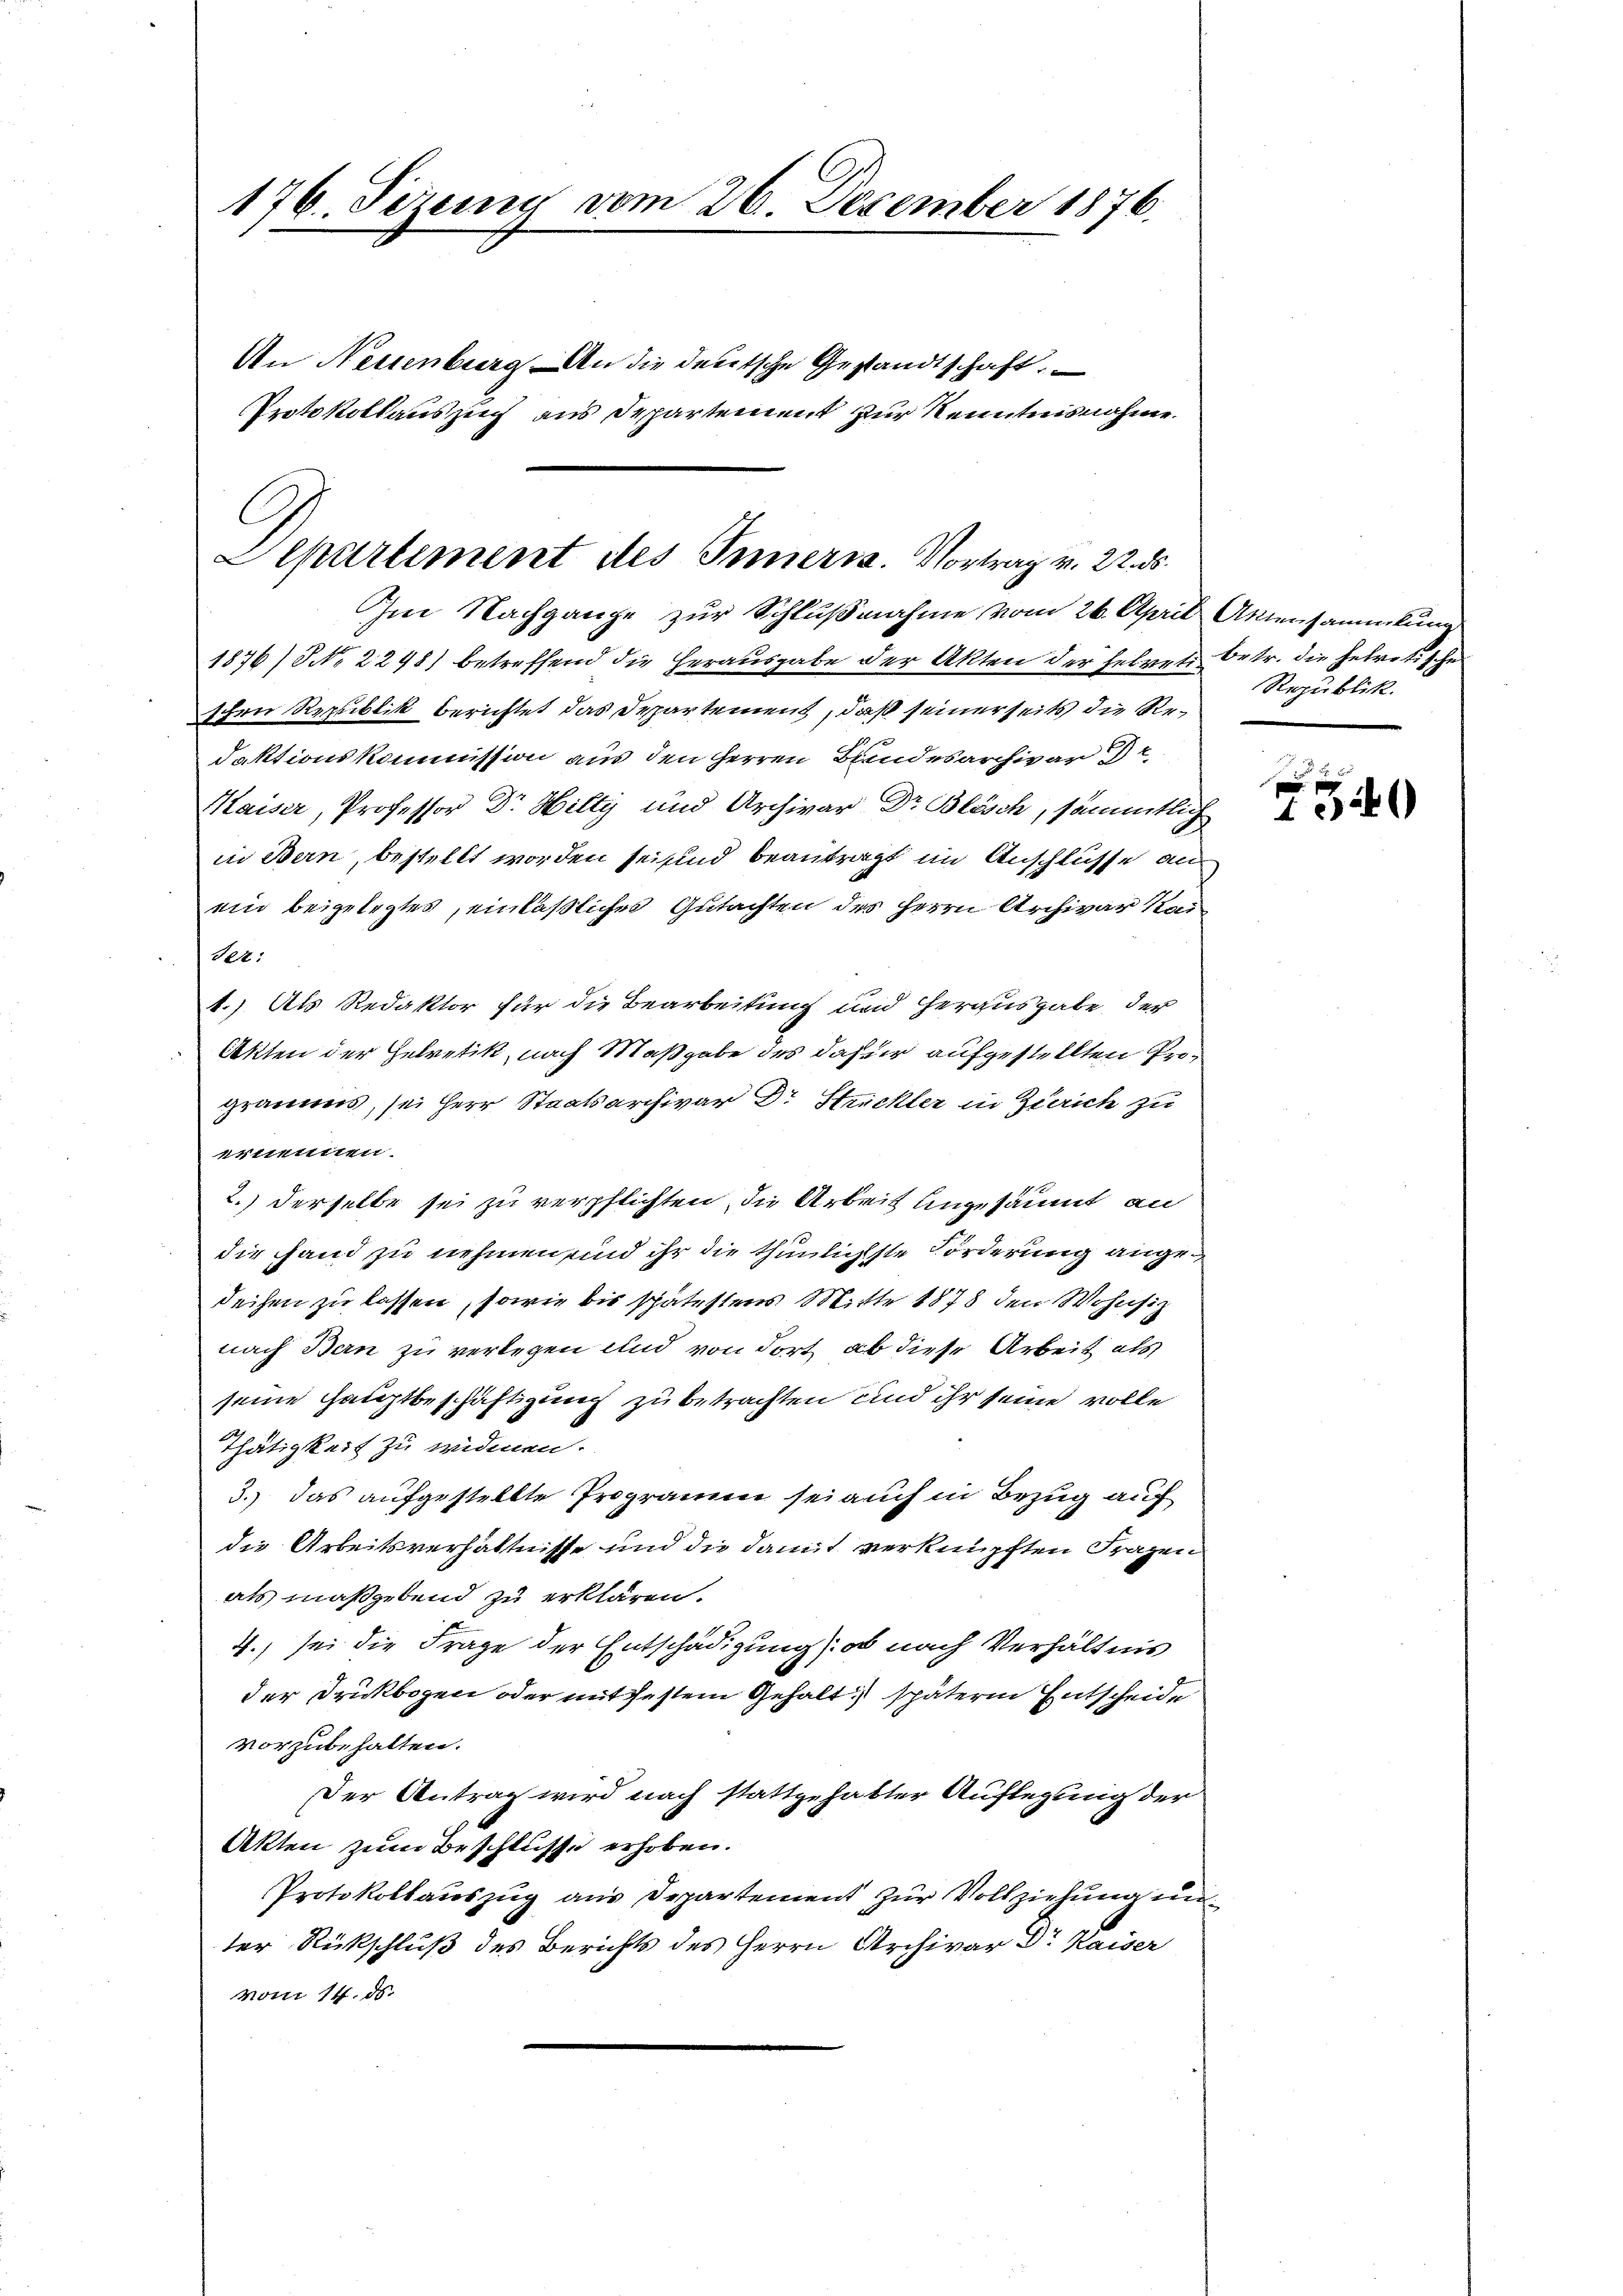
176. Dezemy vom 26. December 1876.

An Neuenburg An die deutsche Gestandtschaft

C
Departement des Innern. Vortrag v. 22. ds.

Protokollauszug aus Departement zur Kenntnisnahme.

Im Nachgange zur Schlußnahme vom 26. April Aktensammlung
1876/ No 2298) betreffend die Herausgabe der Akten der helveti betr. die helvetischen
schen Republik berichtet das Departement, daß seinerseits die Redaktionskommission aus den Herren Bundesarchivar 2
Maiser, Professor Dr. Hilty und Archivar Dr Blösch, sämmtlich
in Bern, bestellt worden sei und beantragt im Anschlüsse an
ein beigelegtes, einläßliches Gutachten des Herrn Archivar kan
Ter:
1.) Als Redaktor für die Bearbeitung und herausgabe der
Akten der Helvetik, nach Maßgabe des daher aufgestellten Programms, sei Herr Staatsarchivar Dr Strickler in Zürich zu
ernennen.
2.) Derselbe sei zu verpflichten, die Arbeit ungesäumt an
die Hand zu nehmen sind ihr die thunligste Forderung angedeihen zu lassen, sowie bis spätestens Mitte 1878 den Wohnsitz
nach Bern zu verlegen und von dort ab diese Arbeit als
seine Hauptbeschäftigung zu betrachten und ihr seine volle
Thätigkeit zu widmen.
3.) Das aufgestellte Programm sei auch in Bezug auf
die Arbeitsverhältnisse und die damit verknüpften Fragen
als maßgebend zu erklären.
4., sei die Frage der Entschädigung: ob nach Verhältnis
der Druckbogen oder mit gestem Gehalt spätern Entscheide
vorzubehalten.
Der Antrag wird nach stattgehabter Auflegung der
Akten zum Beschlusse erhoben.
Protokollaŭszŭg aŭs Departement zŭr Vollziehŭng ŭn-
ter Rückschluß des Berichts des Herrn Archivar Dr. Kaiser
vom 14. ds.

Republik.

p
14)